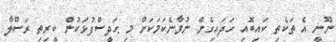
ނޫނީ އެ ތަކެތި ކައިބޮއި ހަދައިގެން ނުވާނެކަމަކަށް މި ޙަދީސްފުޅަކުން ކީރިތި ރަސޫލާ